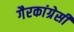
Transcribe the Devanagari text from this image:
गैरकांग्रेसी